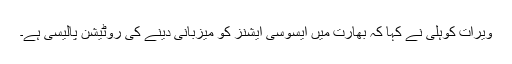
ویرات کوہلی نے کہا کہ بھارت میں ایسوسی ایشنز کو میزبانی دینے کی روٹیشن پالیسی ہے۔